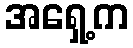
အရှေ့က